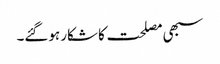
سبھی مصلحت کا شکار ہوگئے۔